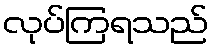
လုပ်ကြရသည်